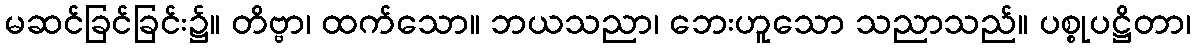
မဆင်ခြင်ခြင်း၌။ တိဗ္ဗာ၊ ထက်သော။ ဘယသညာ၊ ဘေးဟူသော သညာသည်။ ပစ္စုပဋ္ဌိတာ၊